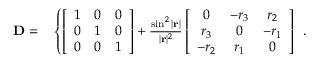
\begin{array} { r l } { \mathbf { D } = } & { { } \left\{ \left[ \begin{array} { l l l } { 1 } & { 0 } & { 0 } \\ { 0 } & { 1 } & { 0 } \\ { 0 } & { 0 } & { 1 } \end{array} \right] + \frac { \sin ^ { 2 } | \mathbf { r } | } { | \mathbf { r } | ^ { 2 } } \left[ \begin{array} { c c c } { 0 } & { - r _ { 3 } } & { r _ { 2 } } \\ { r _ { 3 } } & { 0 } & { - r _ { 1 } } \\ { - r _ { 2 } } & { r _ { 1 } } & { 0 } \end{array} \right] \right. } \end{array} .